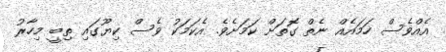
އެއްވެސް ހަމައެއް ނެތް ގޮތަށް ކަމަށެވެ. އެކަމަކު ވެސް ކިޔޫގައި ތިބީ މިހާރު